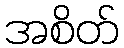
အစိတ်